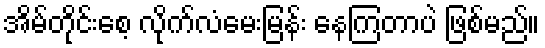
အိမ်တိုင်းစေ့ လိုက်လံမေးမြန်း နေကြတာပဲ ဖြစ်မည်။